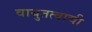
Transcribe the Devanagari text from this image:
वायुतत्वाची